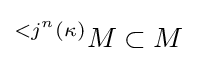
{}^{<j^{n}(\kappa )}M\subset M